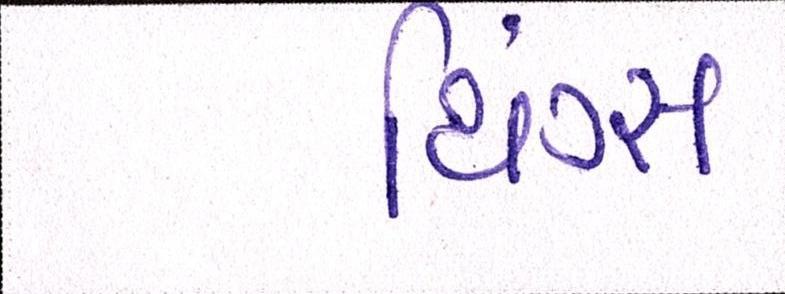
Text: થિંગ્સ